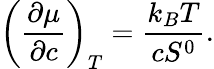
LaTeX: \left(\frac{\partial\mu}{\partial c}\right)_{T}=\frac{k_{B}T}{cS^{0}}.